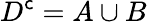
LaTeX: D^{\mathsf{c}}=A\cup B